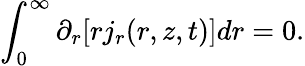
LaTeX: \int_{0}^{\infty}\partial_{r}[rj_{r}(r,z,t)]dr=0.